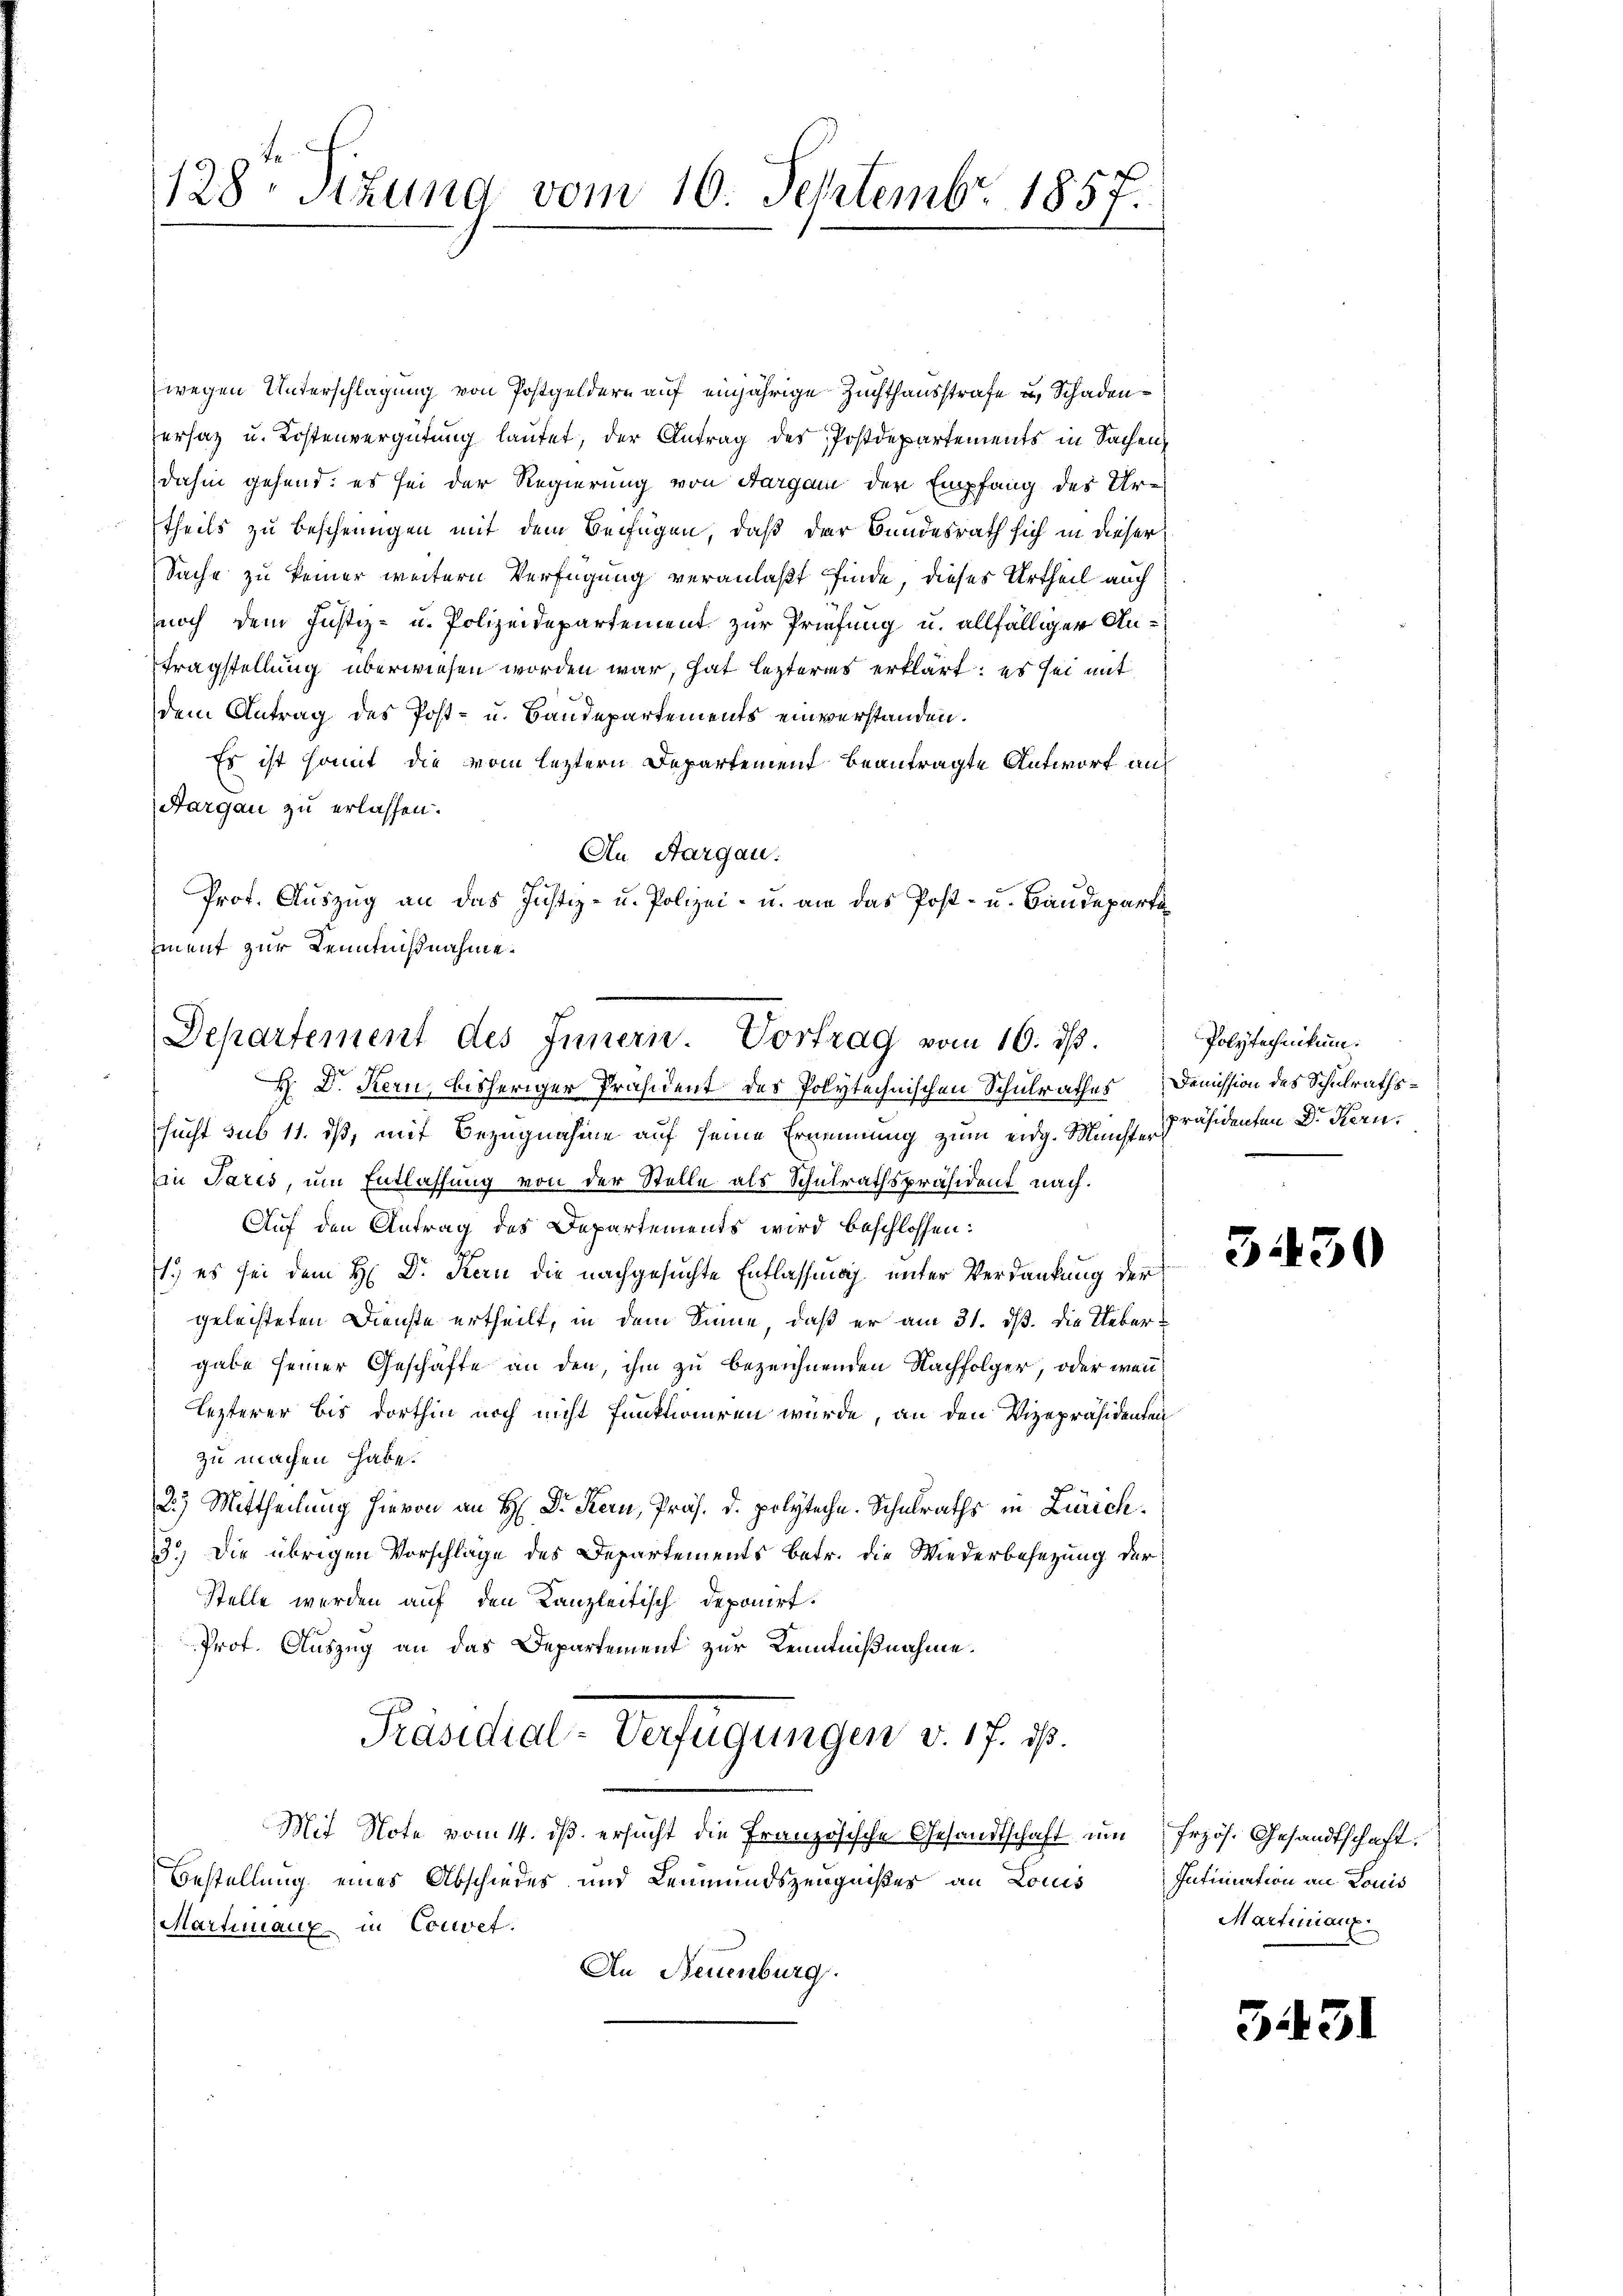
wegen Unterschlagung von Postgeldern auf einjährige Zuchthausstrafe u. Schaden¬
Versatz u. Kostenvergütung lautet, der Antrag des Postdepartements in Sachen
dahin gehend: es sei der Regierung von Aargau der Empfang des Urtheils zu bescheinigen mit dem Beifügen, daß der Bundesrath sich in dieser
Sache zu keiner weitern Verfügung veranlaßt finde, dieses Urtheil auch
noch dem Justiz- u. Polizeidepartement zur Priefung u. allfälliger Antragstellung überwiesen worden war, hat lezteres erklärt; es sei mit
dem Antrag des Post- u. Baudepartements einverstanden.
Es ist somit die vom leztern Departement beantragte Antwort an
Aargau zu erlassen.
An Aargau.
Prot. Auszug an das Justiz- u. Polizei- u. an das Post- u. Baudeparta
iment zur Kenntnißnahme.

128. Sizung vom 10. Septembr. 1857.

Departement des Innern. Vortrag vom 16. ds.
f
H. D. Kern, bisheriger Präsident des Polytechnischen Schulrathes Demission des Schulraths¬

sucht sub 11. dß, mit Bezugnahme auf seine Ernennung zum eidg. Münster Präsidenten Dr. Kern,
in Paris, um Entlassung von der Stelle als Schulrathspräsident nach¬
Auf den Antrag des Departements wird beschlossen:
1.) es sei dem H: Dr. Kern die nachgesuchte Entlassung unter Verdankung der
geleisteten Dienste ertheilt, in dem Sinne, daß er am 31. ds. die Uebergabe seiner Geschäfte an den, ihm zu bezeichnenden Nachfolger, oder wenlezterer bis dorthin noch nicht funktioniren würde, an den Vizepräsidenten
zu machen habe.
2.) Mittheilung hievon an H: Dr. Kern, Präs. d. polytechn. Schulraths in Zürich.
3.) Die übrigen Vorschläge des Departements betr. die Wiederbesezung der
Stelle werden auf den Kanzleitisch deponirt.
Prof. Auszug an das Departement zur Kenntnißnahme.
Präsidial-Verfügungen v. 17. ist.
Mit Note vom 14. ds. ersucht die Französische Gesandtschaft um frzös. Gesandtschaft.
Bestellung eines Abschiedes und Leumundszeugnißes an Louis
Martimaux in Convet.
An Neuenburg.

Polytechnikum.

3430

Inficurtion an Louis
Martinianz

3431